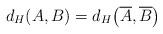
LaTeX: \begin{align*}d_H(A,B)=d_H\big(\overline{A},\overline{B}\big)\end{align*}